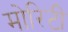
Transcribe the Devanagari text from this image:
मोरिटी